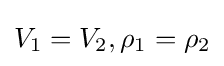
V_{1}=V_{2},\rho _{1}=\rho _{2}